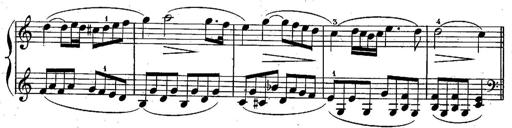
Title: Piano Sonatine
Composer: Jacques-Louis Battmann